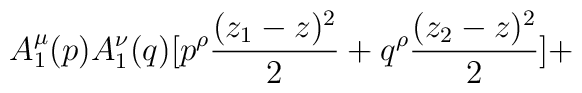
A_1^\mu (p)A_1^\nu (q)[p ^\rho {(z_1-z)^2\over 2}+q ^\rho {(z_2-z)^2\over 2}]+